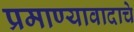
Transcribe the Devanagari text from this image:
प्रमाण्यावादाचे